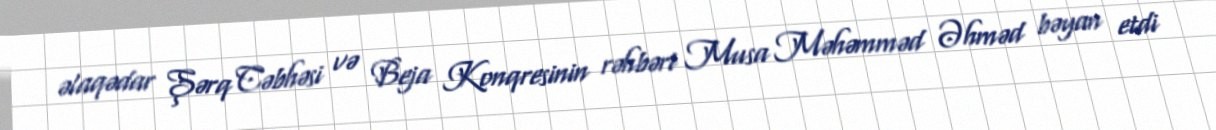
əlaqədar Şərq Cəbhəsi və Beja Konqresinin rəhbəri Musa Məhəmməd Əhməd bəyan etdi